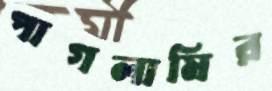
পাগলামির